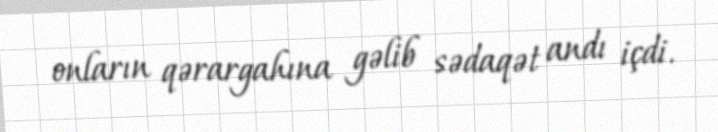
onların qərargahına gəlib sədaqət andı içdi.